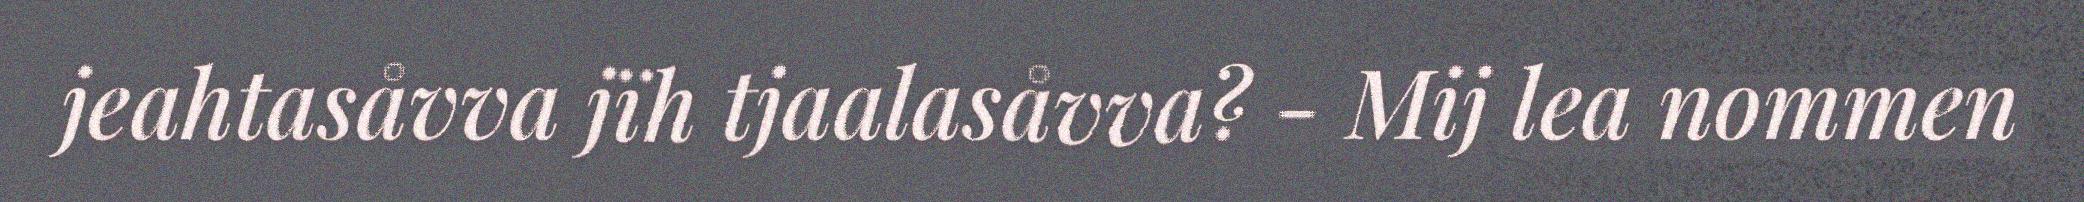
jeahtasåvva jïh tjaalasåvva? - Mij lea nommen